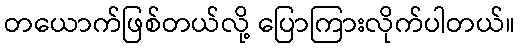
တယောက်ဖြစ်တယ်လို့ ပြောကြားလိုက်ပါတယ်။